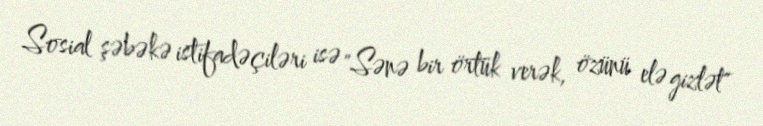
Sosial şəbəkə istifadəçiləri isə "Sənə bir örtük verək, özünü elə gizlət"